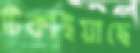
টিকাইয়াছে